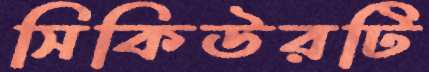
সিকিউরটি